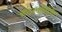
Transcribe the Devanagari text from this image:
अर्धज्योतिर्लिंग